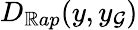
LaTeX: D_{\mathbb{R}ap}(y,y_{\mathcal{G}})